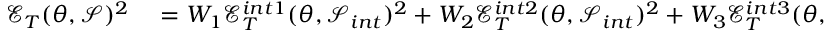
\begin{array} { r l } { \mathcal { E } _ { T } ( \theta , \mathcal { S } ) ^ { 2 } } & { { } = W _ { 1 } \mathcal { E } _ { T } ^ { i n t 1 } ( \theta , \mathcal { S } _ { i n t } ) ^ { 2 } + W _ { 2 } \mathcal { E } _ { T } ^ { i n t 2 } ( \theta , \mathcal { S } _ { i n t } ) ^ { 2 } + W _ { 3 } \mathcal { E } _ { T } ^ { i n t 3 } ( \theta , \mathcal { S } _ { i n t } ) ^ { 2 } + W _ { 4 } \mathcal { E } _ { T } ^ { i n t 4 } ( \theta , \mathcal { S } _ { i n t } ) ^ { 2 } + W _ { 5 } \mathcal { E } _ { T } ^ { t b 1 } ( \theta , \mathcal { S } _ { t b } ) ^ { 2 } } \end{array}